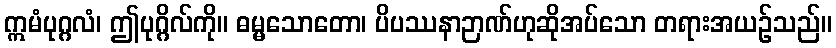
ဣမံပုဂ္ဂလံ၊ ဤပုဂ္ဂိလ်ကို။ ဓမ္မသောတော၊ ပိပဿနာဉာဏ်ဟုဆိုအပ်သော တရားအယဉ်သည်။